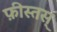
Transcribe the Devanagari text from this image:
फ़ीस्तस्